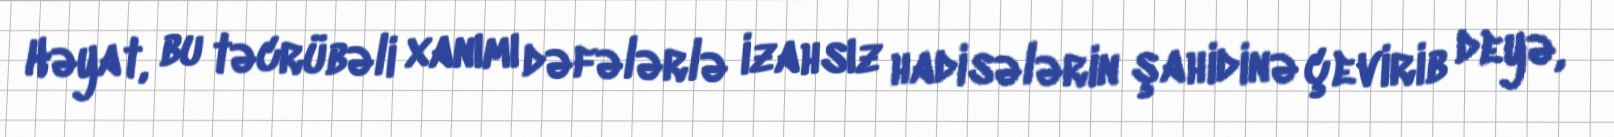
Həyat, bu təcrübəli xanımı dəfələrlə izahsız hadisələrin şahidinə çevirib deyə,